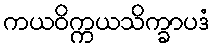
ကယဝိက္ကယသိက္ခာပဒံ